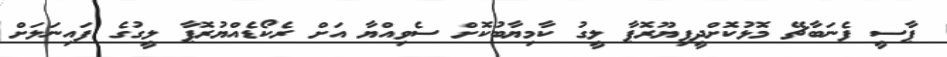
ޕާސީ ފެނަބާޗޭ މޮޅުކޮށްދީފިޔޫރޮޕާ ލީގު ކާމިޔާބުކޮށް ސެވިއްޔާ އަށް ރެކޯޑެއްޔުރޮޕާ ލީގުގެ ފައިނަލަށް